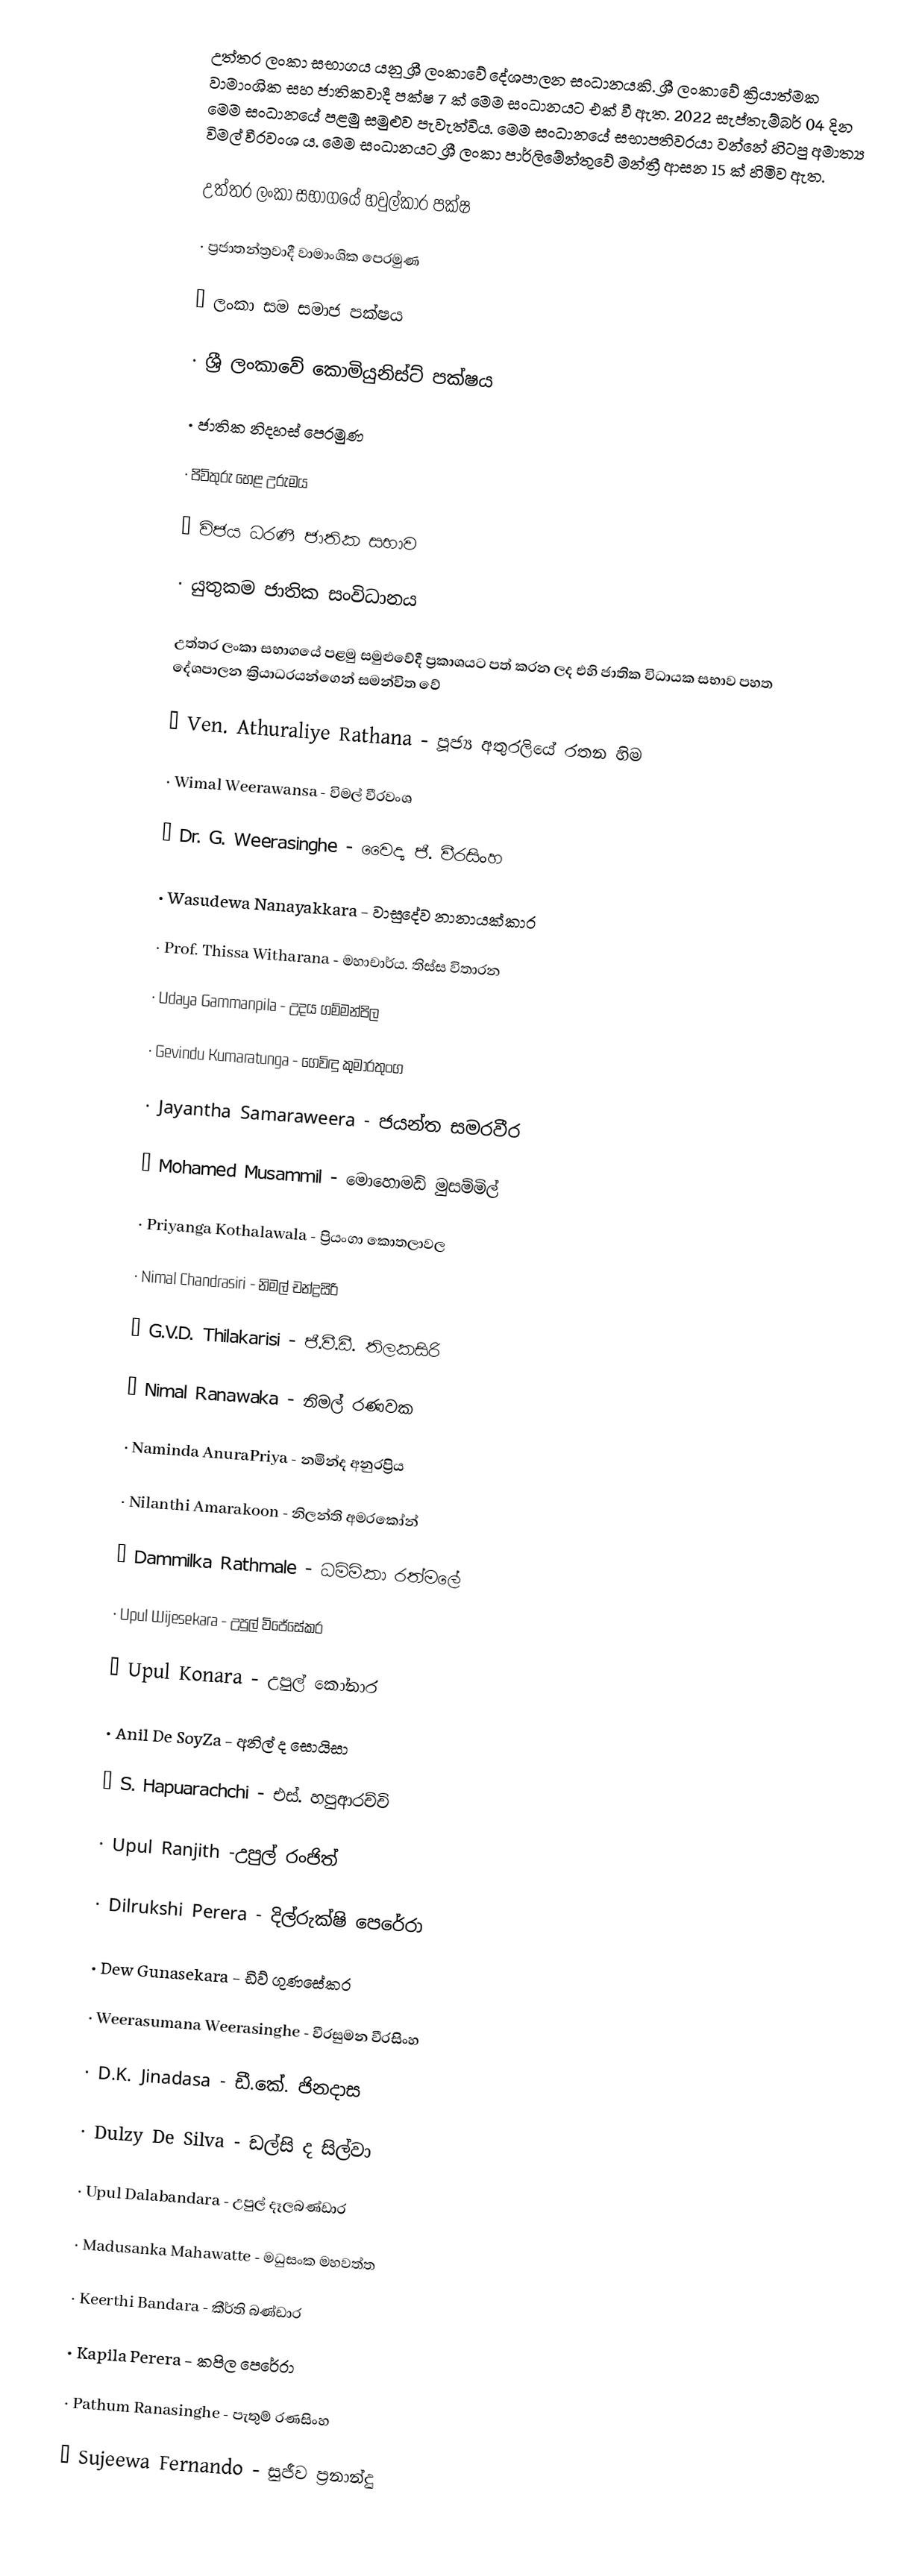
උත්තර ලංකා සභාගය යනු ශ්‍රී ලංකාවේ දේශපාලන සංධානයකි. ශ්‍රී ලංකාවේ ක්‍රියාත්මක වාමාංශික සහ ජාතිකවාදී පක්ෂ 7 ක් මෙම සංධානයට එක් වී ඇත. 2022 සැප්තැම්බර් 04 දින මෙම සංධානයේ පළමු සමුළුව පැවැත්විය. මෙම සංධානයේ සභාපතිවරයා වන්නේ හිටපු අමාත්‍ය විමල් වීරවංශ ය. මෙම සංධානයට ශ්‍රී ලංකා පාර්ලිමේන්තුවේ මන්ත්‍රී ආසන 15 ක් හිමිව ඇත.

උත්තර ලංකා සභාගයේ හවුල්කාර පක්ෂ

·        ප්‍රජාතන්ත්‍රවාදී වාමාංශික පෙරමුණ

·        ලංකා සම සමාජ පක්ෂය

·        ශ්‍රී ලංකාවේ කොමියුනිස්ට් පක්ෂය

·        ජාතික නිදහස් පෙරමුණ

·        පිවිතුරු හෙළ උරුමය

·        විජය ධරණී ජාතික සභාව

·        යුතුකම ජාතික සංවිධානය

උත්තර ලංකා සභාගයේ පළමු සමුළුවේදී ප්‍රකාශයට පත් කරන ලද එහි ජාතික විධායක සභාව පහත දේශපාලන ක්‍රියාධරයන්ගෙන් සමන්විත වේ

·        Ven. Athuraliye Rathana - පූජ්‍ය අතුරලියේ රතන හිම

·        Wimal Weerawansa - විමල් වීරවංශ

·        Dr. G. Weerasinghe - වෛද්‍ය ජී. වීරසිංහ

·        Wasudewa Nanayakkara - වාසුදේව නානායක්කාර

·        Prof. Thissa Witharana - මහාචාර්ය. තිස්ස විතාරන

·        Udaya Gammanpila - උදය ගම්මන්පිල

·        Gevindu Kumaratunga - ගෙවිඳු කුමාරතුංග

·        Jayantha Samaraweera - ජයන්ත සමරවීර

·        Mohamed Musammil - මොහොමඩ් මුසම්මිල්

·        Priyanga Kothalawala - ප්‍රියංගා කොතලාවල

·        Nimal Chandrasiri - නිමල් චන්ද්‍රසිරි

·        G.V.D. Thilakarisi - ජී.වී.ඩී. තිලකසිරි

·        Nimal Ranawaka - නිමල් රණවක

·        Naminda AnuraPriya - නමින්ද අනුරප්‍රිය

·        Nilanthi Amarakoon - නිලන්ති අමරකෝන්

·        Dammilka Rathmale - ධම්මිකා රත්මලේ

·        Upul Wijesekara - උපුල් විජේසේකර

·        Upul Konara - උපුල් කෝනාර

·        Anil De SoyZa - අනිල් ද සොයිසා

·        S. Hapuarachchi - එස්. හපුආරච්චි

·        Upul Ranjith -උපුල් රංජිත්

·        Dilrukshi Perera - දිල්රුක්ෂි පෙරේරා

·        Dew Gunasekara - ඩිව් ගුණසේකර

·        Weerasumana Weerasinghe - වීරසුමන වීරසිංහ

·        D.K. Jinadasa - ඩී.කේ. ජිනදාස

·        Dulzy De  Silva - ඩල්සි ද සිල්වා

·        Upul Dalabandara - උපුල් දෑලබණ්ඩාර

·        Madusanka Mahawatte - මධුසංක මහවත්ත

·        Keerthi Bandara - කීර්ති බණ්ඩාර

·        Kapila Perera - කපිල පෙරේරා

·        Pathum Ranasinghe - පැතුම් රණසිංහ

·        Sujeewa Fernando - සුජීව ප්‍රනාන්දු